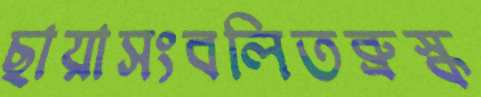
ছায়াসংবলিতব্রুস্ক